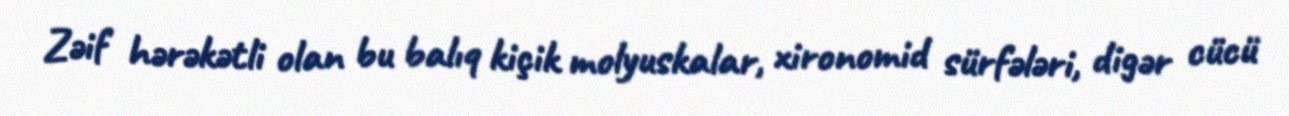
Zəif hərəkətli olan bu balıq kiçik molyuskalar, xironomid sürfələri, digər cücü